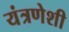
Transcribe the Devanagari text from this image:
यंत्रणेशी